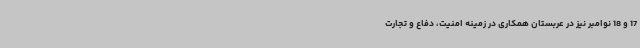
17 و 18 نوامبر نیز در عربستان همکاری در زمینه امنیت، دفاع و تجارت